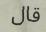
قال